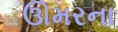
ઊમરના